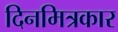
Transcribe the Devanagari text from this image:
दिनमित्रकार